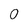
Character: 0